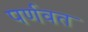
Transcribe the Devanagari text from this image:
पर्णवत